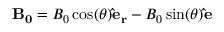
{ \bf B _ { 0 } } = B _ { 0 } \cos ( \theta ) { \bf \hat { e } _ { r } } - B _ { 0 } \sin ( \theta ) { \bf \hat { e } _ { \theta } }